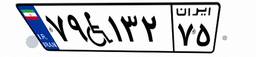
۷۹W۱۳۲۷۵